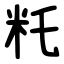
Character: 籷